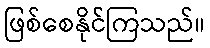
ဖြစ်စေနိုင်ကြသည်။